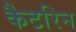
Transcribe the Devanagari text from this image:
कैटरिन